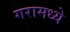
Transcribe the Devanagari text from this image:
गरामध्ये